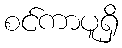
စင်ကာပူရှိ